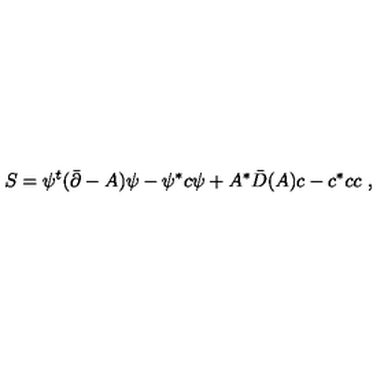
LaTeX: S = \psi ^ { t } ( \bar { \partial } - A ) \psi - \psi ^ { * } c \psi + A ^ { * } \bar { D } ( A ) c - c ^ { * } c c \ ,